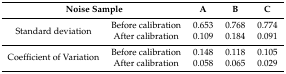
| <COLSPAN=2> Noise Sample | A | B | C |
 | --- | --- | --- | --- | --- |
 | <ROWSPAN=2> Standard deviation | Before calibration | 0.653 | 0.768 | 0.774 |
 | After calibration | 0.109 | 0.184 | 0.091 |
 | <ROWSPAN=2> Coefficient of Variation | Before calibration | 0.148 | 0.118 | 0.105 |
 | After calibration | 0.058 | 0.065 | 0.029 |